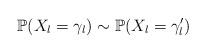
LaTeX: \begin{align*}\mathbb{P}(X_{l}=\gamma_{l})\sim\mathbb{P}(X_{l}=\gamma_{l}^{\prime})\end{align*}